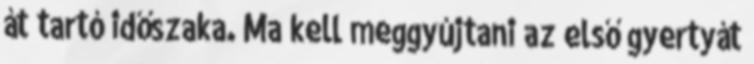
át tartó időszaka. Ma kell meggyújtani az első gyertyát